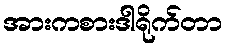
အားကစားဒါရိုက်တာ